Report on the working of the Ranchi Indian Mental Hospital, Kanke, in Bihar and Orissa - 1930-1940
Year: 1930
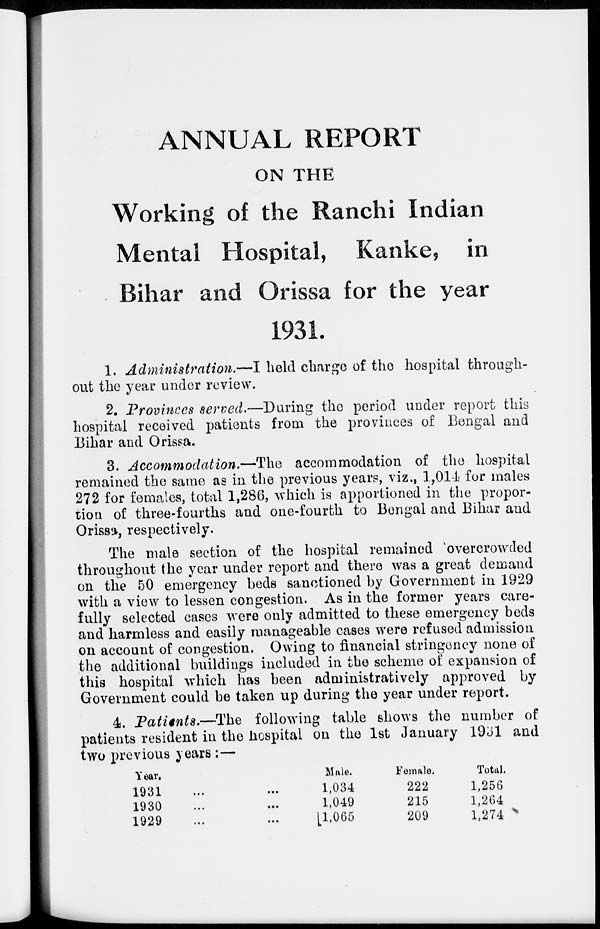
ANNUAL REPORT
ON THE
Working of the Ranchi Indian
Mental Hospital, Kanke, in
Bihar and Orissa for the year
1931.
1. Administration.—I
held charge of the hospital through-
out the year under review.
2. Provinces served.—During the period under report this
hospital received patients from the provinces of Bengal and
Bihar and Orissa.
3. Accommodation.—The
accommodation of the hospital
remained the same as in the previous years, viz., 1,014 for males
272 for females, total 1,286, which is apportioned in the propor-
tion of three-fourths and one-fourth to Bengal and Bihar and
Orissa, respectively.
The male section of the hospital remained overcrowded
throughout the year under report and there was a great demand
on the 50 emergency beds sanctioned by Government in 1929
with a view to lessen congestion. As in the former years care-
fully selected cases were only admitted to these emergency beds
and harmless and easily manageable cases were refused admission
on account of congestion. Owing to financial stringency none of
the additional buildings included in the scheme of expansion of
this hospital which has been administratively approved by
Government could be taken up during the year under report.
4. Patients.—The
following table shows the number of
patients resident in the hospital on the 1st January 1931 and
two previous years :—
Year,
1931 ... ...
1930 ... ...
1929 ... ...
Male.
1,034
1,049
1,065
Female.
222
215
209
Total.
1,256
1,264
1,274